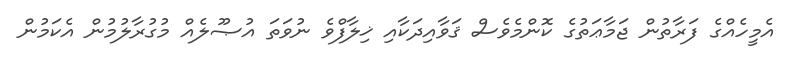
އެމީހެއްގެ ފަރާތުން ޖަމާޢަތުގެ ކޮންމެވެސް ޤަވާއިދަކާއި ޚިލާފްވެ ނުވަތަ އުޞޫލެއް މުގުރާލުމުން އެކަމުން